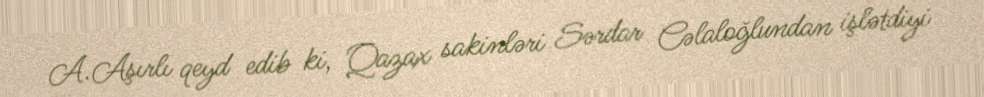
A.Aşırlı qeyd edib ki, Qazax sakinləri Sərdar Cəlaloğlundan işlətdiyi